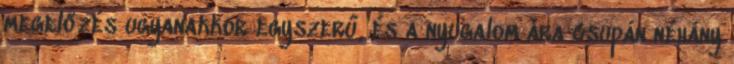
megelőzés ugyanakkor egyszerű, és a nyugalom ára csupán néhány